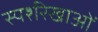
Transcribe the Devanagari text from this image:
स्पर्शरेखाओं